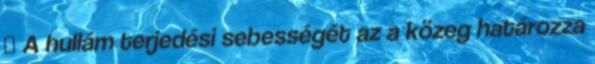
 A hullám terjedési sebességét az a közeg határozza